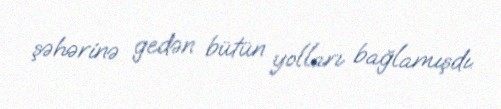
şəhərinə gedən bütün yolları bağlamışdı.